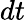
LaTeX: dt